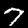
Label: 7